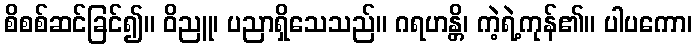
စိစစ်ဆင်ခြင်၍။ ဝိညူ၊ ပညာရှိသေသည်။ ဂရဟန္တိ၊ ကဲ့ရဲ့ကုန်၏။ ပါပကော၊